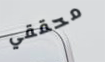
محققي